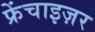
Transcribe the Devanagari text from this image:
फ्रेंचाइज़र